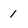
Character: i